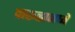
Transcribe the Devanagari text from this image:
वारुळामध्ये